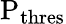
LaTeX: \mathrm{P_{thres}}